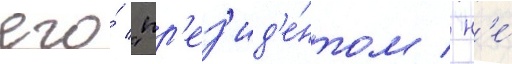
его́ "пр'ез'ид'е́нтом / н'е́